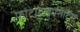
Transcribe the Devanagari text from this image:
फोटोटाइपसेटिंग